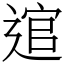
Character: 逭